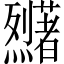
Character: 𬟜